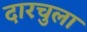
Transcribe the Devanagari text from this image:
दारचुला